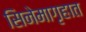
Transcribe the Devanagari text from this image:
सिनेमागृहात